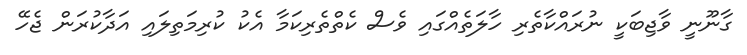
ގާނޫނީ ވާޖިބަކީ ނުރައްކާތެރި ހާލަތެއްގައި ވެސް ކެތްތެރިކަމާ އެކު ކުރިމަތިލައި އަދާކުރަން ޖެހޭ